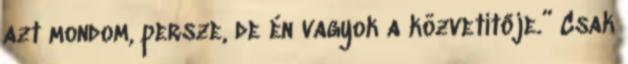
azt mondom, persze, de én vagyok a közvetítője.” Csak